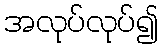
အလုပ်လုပ်၍